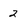
Character: 2